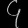
Digit: ၄